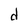
Character: d